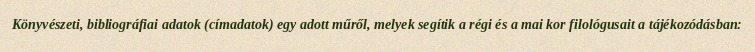
Könyvészeti, bibliográfiai adatok (címadatok) egy adott műről, melyek segítik a régi és a mai kor filológusait a tájékozódásban: